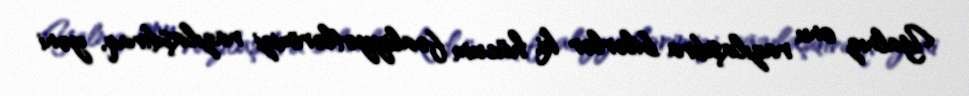
Yalnız onu razılaşdıra bilərlər ki, hücum fəaliyyətlərimizi razılaşdıraq, yəni